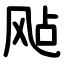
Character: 飐